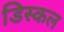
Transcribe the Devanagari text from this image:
डिस्कल